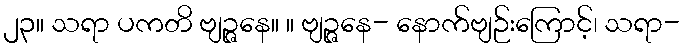
၂၃။ သရာ ပကတိ ဗျဉ္ဇနေ။ ။ ဗျဉ္ဇနေ- နောက်ဗျဉ်းကြောင့်၊ သရာ-